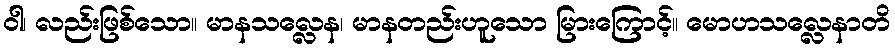
ဝါ၊ လည်းဖြစ်သော။ မာနသလ္လေန၊ မာနတည်းဟူသော မြားကြောင့်။ မောဟသလ္လေနာတိ